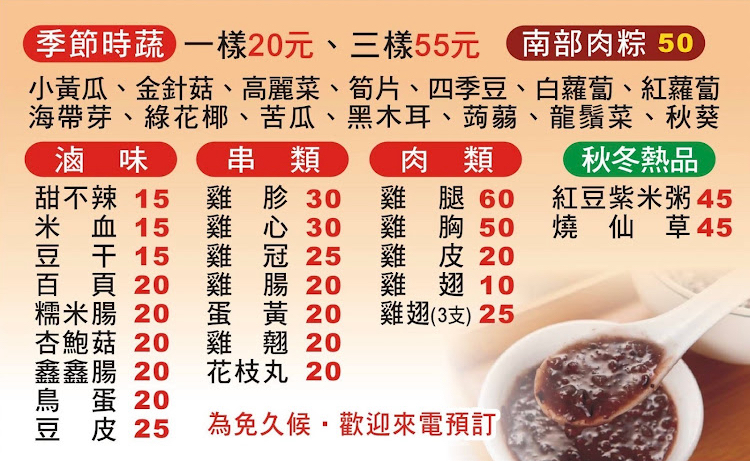
菜單：
name: 季節時蔬(一樣)
price: 20
name: 季節時蔬(三樣)
price: 55
name: 南部肉粽
price: 50
name: 紅豆紫米粥
price: 45
name: 燒仙草
price: 45
name: 甜不辣
price: 15
name: 雞胗
price: 30
name: 雞腿
price: 60
name: 米血
price: 15
name: 雞心
price: 30
name: 雞冠
price: 25
name: 雞皮
price: 20
name: 豆干
price: 15
name: 百頁
price: 20
name: 雞腸
price: 20
name: 雞翅
price: 10
name: 糯米腸
price: 20
name: 蛋黃
price: 20
name: 雞翅(3支)
price: 25
name: 杏鮑菇
price: 20
name: 雞翹
price: 20
name: 鑫鑫腸
price: 20
name: 花枝丸
price: 20
name: 鳥蛋
price: 20
name: 豆皮
price: 25